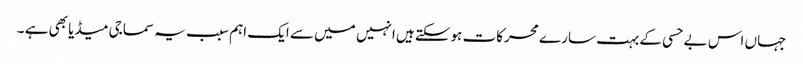
جہاں اس بے حسی کے بہت سارے محرکات ہوسکتے ہیں انہیں میں سے ایک اہم سبب یہ سماجی میڈیا بھی ہے ۔